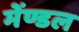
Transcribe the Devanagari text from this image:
मेंण्डल